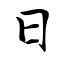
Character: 日